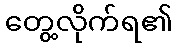
တွေ့လိုက်ရ၏